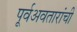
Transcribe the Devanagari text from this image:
पूर्वअवतारांची